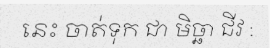
នេះ ចាត់ទុក ជា មិច្ឆា ជីវ :